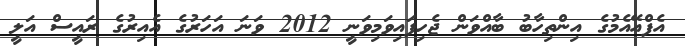
އެފްއޭއެމުގެ އިންތިހާބު ބާއްވަން ޖެހިފައިވަމިވަނީ 2012 ވަނަ އަހަރުގެ އެއިރުގެ ރައީސް އަލީ